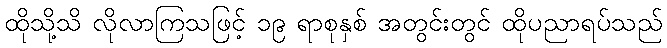
ထိုသို့သိ လိုလာကြသဖြင့် ၁၉ ရာစုနှစ် အတွင်းတွင် ထိုပညာရပ်သည်